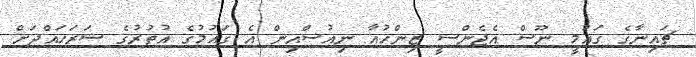
ޗައިނާގެ ގައުމީ ނޫސް އެޖެންސީ ޒިންހުއާ ނިއުސްއިން އެ ގައުމުގެ އުތުރުގެ ސަރަހައްދަށް